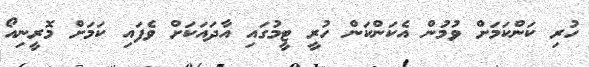
ހުރި ކަންކަމަށް ވުމުން އެކަންކަން ހުރީ ޓީމުގައި އާދައަކަށް ވެފައި ކަމަށް މޮރީނިއޯ